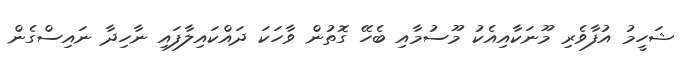
ޝަހީމު އުފާވެރި މޫނަކާއިއެކު މޫސުމާއި ބެހޭ ގޮތުން ވާހަކަ ދައްކައިލާފައި ނާހިދާ ނައިސްގެން